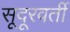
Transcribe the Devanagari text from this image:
सूदूरवर्ती